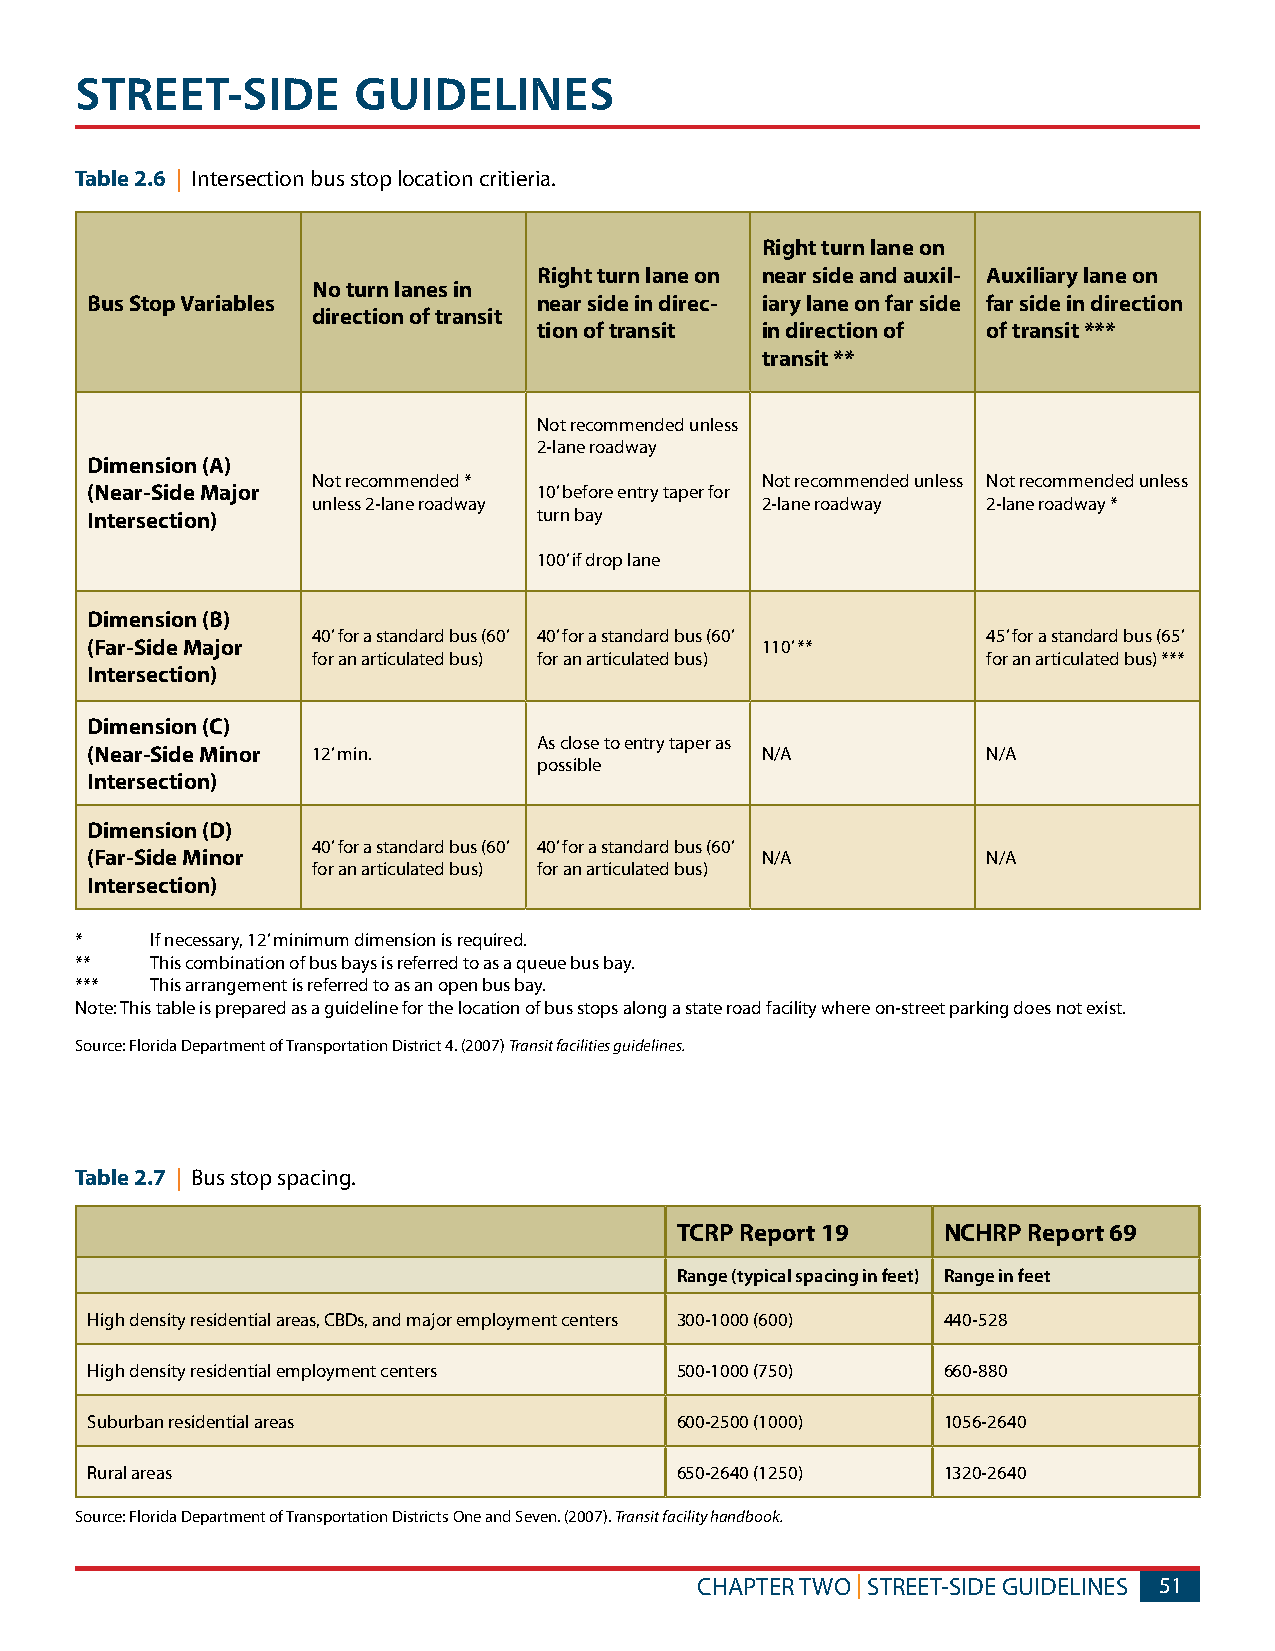
STREET-SIDE       GUIDELINES
 Table 2.6 | Intersection bus stop location critieria.
 Right turn lane on
 Right turn lane on near side and auxil- Auxiliary lane on
 No turn lanes in
 Bus Stop Variables            near side in direc- iary lane on far side far side in direction
 direction of transit
 tion of transit in direction of of transit ***
 transit **
 Not recommended unless
 2-lane roadway
 Dimension (A)
 Not recommended *            Not recommended unless Not recommended unless
 (Near-Side Major              10’ before entry taper for
 unless 2-lane roadway        2-lane roadway 2-lane roadway *
 Intersection)                 turn bay
 100’ if drop lane
 Dimension (B)
 40’ for a standard bus (60’ 40’ for a standard bus (60’ 45’ for a standard bus (65’
 (Far-Side Major                             110’ **
 for an articulated bus) for an articulated bus) for an articulated bus) ***
 Intersection)
 Dimension (C)
 As close to entry taper as
 (Near-Side Minor 12’ min.                   N/A            N/A
 possible
 Intersection)
 Dimension (D)
 40’ for a standard bus (60’ 40’ for a standard bus (60’
 (Far-Side Minor                             N/A            N/A
 for an articulated bus) for an articulated bus)
 Intersection)
 *    If necessary, 12’ minimum dimension is required.
 **   This combination of bus bays is referred to as a queue bus bay.
 ***  This arrangement is referred to as an open bus bay.
 Note: This table is prepared as a guideline for the location of bus stops along a state road facility where on-street parking does not exist.
 Source: Florida Department of Transportation District 4. (2007) Transit facilities guidelines.
 Table 2.7 | Bus stop spacing.
 TCRP Report 19   NCHRP Report 69
 Range (typical spacing in feet) Range in feet
 High density residential areas, CBDs, and major employment centers 300-1000 (600) 440-528
 High density residential employment centers 500-1000 (750) 660-880
 Suburban residential areas             600-2500 (1000)  1056-2640
 Rural areas                            650-2640 (1250)  1320-2640
 Source: Florida Department of Transportation Districts One and Seven. (2007). Transit facility handbook.
 CHAPTER TWO | STREET-SIDE GUIDELINES 51